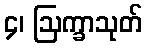
၄၊ ဩက္ခာသုတ်